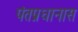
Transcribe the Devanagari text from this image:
पंतप्रधानास